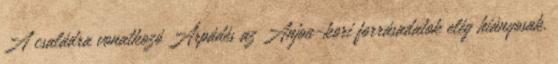
A családra vonatkozó Árpádés az Anjou-kori forrásadatok elég hiányosak.